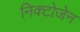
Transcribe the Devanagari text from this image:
निक्टोजेन